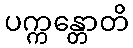
ပက္ကန္တောတိ